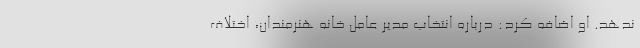
ندهد. او اضافه کرد: درباره انتخاب مدیر عامل خانه هنرمندان، اختلاف